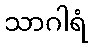
သာဂါရံ